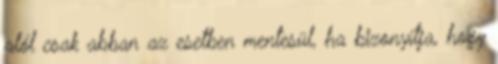
alól csak abban az esetben mentesül, ha bizonyítja, hogy